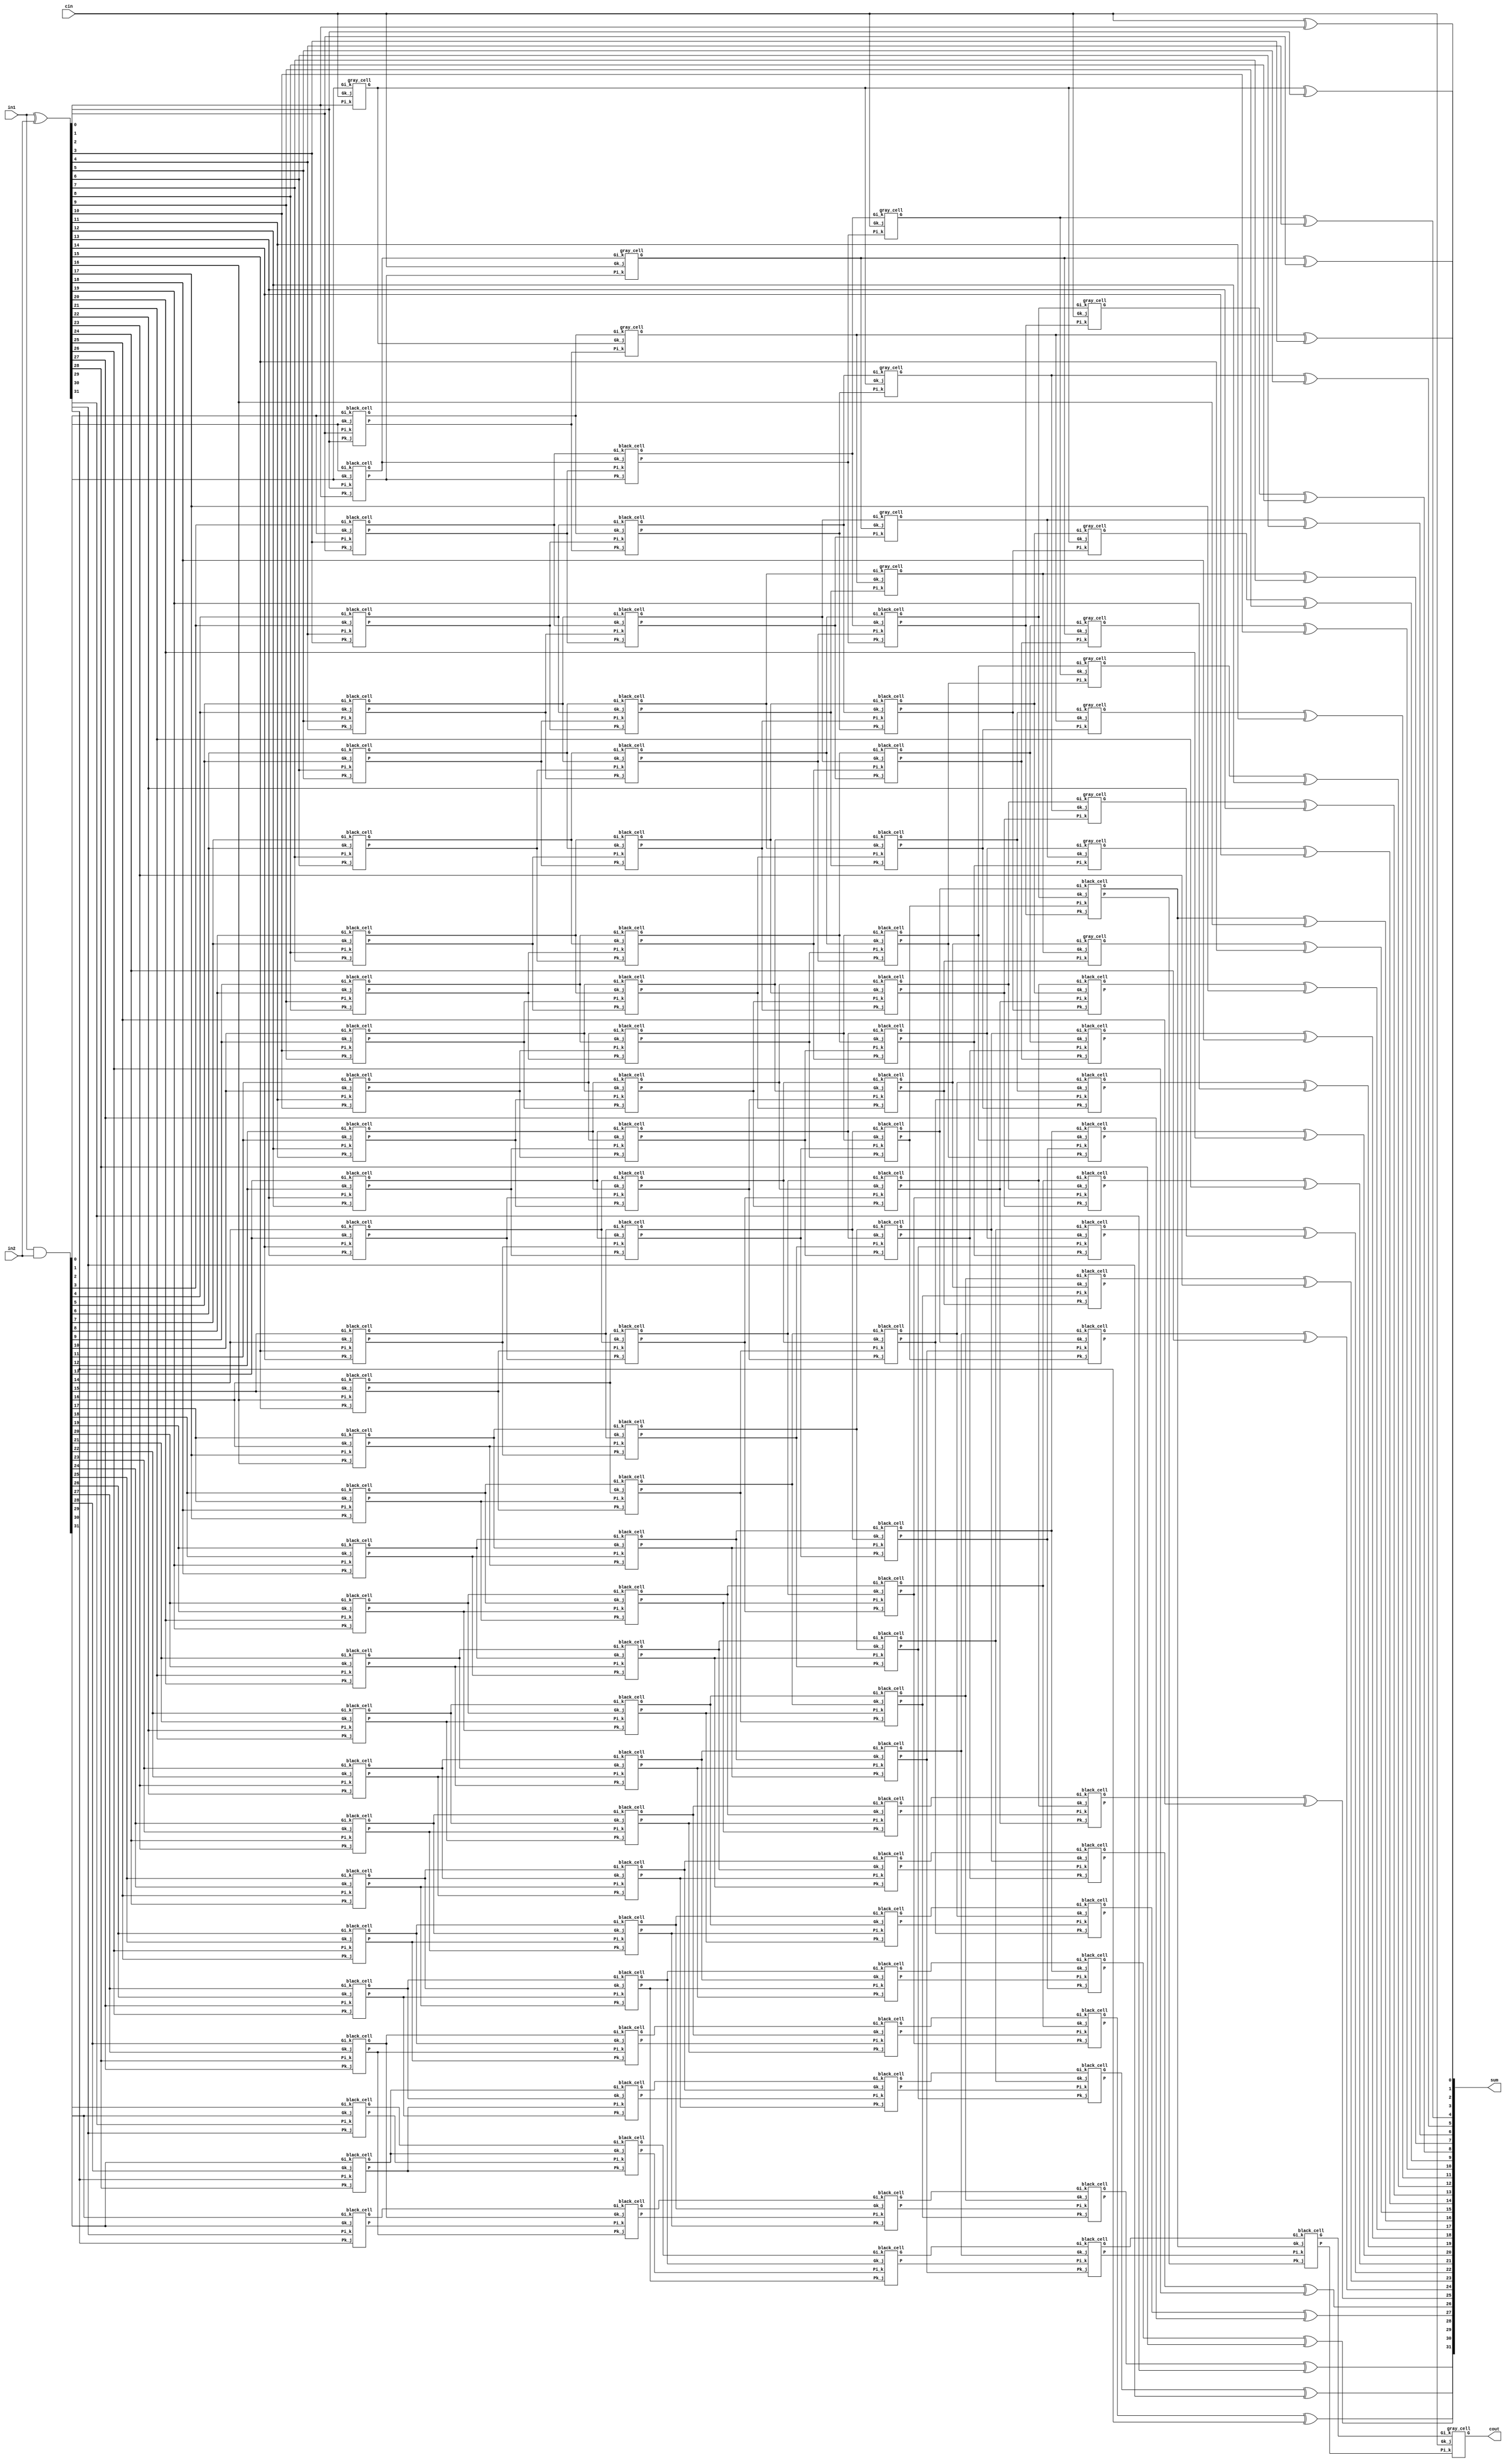
module kogge_stone_32(in1, in2, sum, cin, cout);

    /* This is a 32 bit kogge-stone parallel prefix adder
     * Area: 1504.106458 
     * Power: 0.5335mW
     * Timing: 0.56ns
     */
    input [31:0] in1, in2; //input
    output [31:0] sum; //output
    input cin; //carry-in
    output cout; //carry-out
    wire [31:0] G_Z, P_Z, //wires
    G_A, P_A,
    G_B, P_B,
    G_C, P_C,
    G_D, P_D,
    G_E, P_E,
    G_F, P_F;

    assign P_Z = in1 ^ in2;
    assign G_Z = in1 & in2;

    /*level 1*/
    gray_cell level_0A(cin, P_Z[0], G_Z[0], G_A[0]);
    black_cell level_1A(G_Z[0],  P_Z[1],  G_Z[1],  P_Z[0],  G_A[1],  P_A[1]);
    black_cell level_2A(G_Z[1],  P_Z[2],  G_Z[2],  P_Z[1],  G_A[2],  P_A[2]);
    black_cell level_3A(G_Z[2],  P_Z[3],  G_Z[3],  P_Z[2],  G_A[3],  P_A[3]);
    black_cell level_4A(G_Z[3],  P_Z[4],  G_Z[4],  P_Z[3],  G_A[4],  P_A[4]);
    black_cell level_5A(G_Z[4],  P_Z[5],  G_Z[5],  P_Z[4],  G_A[5],  P_A[5]);
    black_cell level_6A(G_Z[5],  P_Z[6],  G_Z[6],  P_Z[5],  G_A[6],  P_A[6]);
    black_cell level_7A(G_Z[6],  P_Z[7],  G_Z[7],  P_Z[6],  G_A[7],  P_A[7]);
    black_cell level_8A(G_Z[7],  P_Z[8],  G_Z[8],  P_Z[7],  G_A[8],  P_A[8]);
    black_cell level_9A(G_Z[8],  P_Z[9],  G_Z[9],  P_Z[8],  G_A[9],  P_A[9]);
    black_cell level_AA(G_Z[9],  P_Z[10], G_Z[10], P_Z[9],  G_A[10], P_A[10]);
    black_cell level_BA(G_Z[10], P_Z[11], G_Z[11], P_Z[10], G_A[11], P_A[11]);
    black_cell level_CA(G_Z[11], P_Z[12], G_Z[12], P_Z[11], G_A[12], P_A[12]);
    black_cell level_DA(G_Z[12], P_Z[13], G_Z[13], P_Z[12], G_A[13], P_A[13]);
    black_cell level_EA(G_Z[13], P_Z[14], G_Z[14], P_Z[13], G_A[14], P_A[14]);
    black_cell level_FA(G_Z[14], P_Z[15], G_Z[15], P_Z[14], G_A[15], P_A[15]);
    black_cell level_GA(G_Z[15], P_Z[16], G_Z[16], P_Z[15], G_A[16], P_A[16]);
    black_cell level_HA(G_Z[16], P_Z[17], G_Z[17], P_Z[16], G_A[17], P_A[17]);
    black_cell level_IA(G_Z[17], P_Z[18], G_Z[18], P_Z[17], G_A[18], P_A[18]);
    black_cell level_JA(G_Z[18], P_Z[19], G_Z[19], P_Z[18], G_A[19], P_A[19]);
    black_cell level_KA(G_Z[19], P_Z[20], G_Z[20], P_Z[19], G_A[20], P_A[20]);
    black_cell level_LA(G_Z[20], P_Z[21], G_Z[21], P_Z[20], G_A[21], P_A[21]);
    black_cell level_MA(G_Z[21], P_Z[22], G_Z[22], P_Z[21], G_A[22], P_A[22]);
    black_cell level_NA(G_Z[22], P_Z[23], G_Z[23], P_Z[22], G_A[23], P_A[23]);
    black_cell level_OA(G_Z[23], P_Z[24], G_Z[24], P_Z[23], G_A[24], P_A[24]);
    black_cell level_PA(G_Z[24], P_Z[25], G_Z[25], P_Z[24], G_A[25], P_A[25]);
    black_cell level_QA(G_Z[25], P_Z[26], G_Z[26], P_Z[25], G_A[26], P_A[26]);
    black_cell level_RA(G_Z[26], P_Z[27], G_Z[27], P_Z[26], G_A[27], P_A[27]);
    black_cell level_SA(G_Z[27], P_Z[28], G_Z[28], P_Z[27], G_A[28], P_A[28]);
    black_cell level_TA(G_Z[28], P_Z[29], G_Z[29], P_Z[28], G_A[29], P_A[29]);
    black_cell level_UA(G_Z[29], P_Z[30], G_Z[30], P_Z[29], G_A[30], P_A[30]);
    black_cell level_VA(G_Z[30], P_Z[31], G_Z[31], P_Z[30], G_A[31], P_A[31]);

    /*level 2*/
    gray_cell level_1B(cin,      P_A[1],  G_A[1],  G_B[1]);
    gray_cell level_2B(G_A[0],   P_A[2],  G_A[2],  G_B[2]);
    black_cell level_3B(G_A[1],  P_A[3],  G_A[3],  P_A[1],  G_B[3],  P_B[3]);
    black_cell level_4B(G_A[2],  P_A[4],  G_A[4],  P_A[2],  G_B[4],  P_B[4]);
    black_cell level_5B(G_A[3],  P_A[5],  G_A[5],  P_A[3],  G_B[5],  P_B[5]);
    black_cell level_6B(G_A[4],  P_A[6],  G_A[6],  P_A[4],  G_B[6],  P_B[6]);
    black_cell level_7B(G_A[5],  P_A[7],  G_A[7],  P_A[5],  G_B[7],  P_B[7]);
    black_cell level_8B(G_A[6],  P_A[8],  G_A[8],  P_A[6],  G_B[8],  P_B[8]);
    black_cell level_9B(G_A[7],  P_A[9],  G_A[9],  P_A[7],  G_B[9],  P_B[9]);
    black_cell level_AB(G_A[8],  P_A[10], G_A[10], P_A[8],  G_B[10], P_B[10]);
    black_cell level_BB(G_A[9],  P_A[11], G_A[11], P_A[9],  G_B[11], P_B[11]);
    black_cell level_CB(G_A[10], P_A[12], G_A[12], P_A[10], G_B[12], P_B[12]);
    black_cell level_DB(G_A[11], P_A[13], G_A[13], P_A[11], G_B[13], P_B[13]);
    black_cell level_EB(G_A[12], P_A[14], G_A[14], P_A[12], G_B[14], P_B[14]);
    black_cell level_FB(G_A[13], P_A[15], G_A[15], P_A[13], G_B[15], P_B[15]);
    black_cell level_GB(G_A[14], P_A[16], G_A[16], P_A[14], G_B[16], P_B[16]);
    black_cell level_HB(G_A[15], P_A[17], G_A[17], P_A[15], G_B[17], P_B[17]);
    black_cell level_IB(G_A[16], P_A[18], G_A[18], P_A[16], G_B[18], P_B[18]);
    black_cell level_JB(G_A[17], P_A[19], G_A[19], P_A[17], G_B[19], P_B[19]);
    black_cell level_KB(G_A[18], P_A[20], G_A[20], P_A[18], G_B[20], P_B[20]);
    black_cell level_LB(G_A[19], P_A[21], G_A[21], P_A[19], G_B[21], P_B[21]);
    black_cell level_MB(G_A[20], P_A[22], G_A[22], P_A[20], G_B[22], P_B[22]);
    black_cell level_NB(G_A[21], P_A[23], G_A[23], P_A[21], G_B[23], P_B[23]);
    black_cell level_OB(G_A[22], P_A[24], G_A[24], P_A[22], G_B[24], P_B[24]);
    black_cell level_PB(G_A[23], P_A[25], G_A[25], P_A[23], G_B[25], P_B[25]);
    black_cell level_QB(G_A[24], P_A[26], G_A[26], P_A[24], G_B[26], P_B[26]);
    black_cell level_RB(G_A[25], P_A[27], G_A[27], P_A[25], G_B[27], P_B[27]);
    black_cell level_SB(G_A[26], P_A[28], G_A[28], P_A[26], G_B[28], P_B[28]);
    black_cell level_TB(G_A[27], P_A[29], G_A[29], P_A[27], G_B[29], P_B[29]);
    black_cell level_UB(G_A[28], P_A[30], G_A[30], P_A[28], G_B[30], P_B[30]);
    black_cell level_VB(G_A[29], P_A[31], G_A[31], P_A[29], G_B[31], P_B[31]);

    /*level 3*/
    gray_cell level_3C(cin,      P_B[3],  G_B[3],  G_C[3]);
    gray_cell level_4C(G_A[0],   P_B[4],  G_B[4],  G_C[4]);
    gray_cell level_5C(G_B[1],   P_B[5],  G_B[5],  G_C[5]);
    gray_cell level_6C(G_B[2],   P_B[6],  G_B[6],  G_C[6]);
    black_cell level_7C(G_B[3],  P_B[7],  G_B[7],  P_B[3],  G_C[7],  P_C[7]);
    black_cell level_8C(G_B[4],  P_B[8],  G_B[8],  P_B[4],  G_C[8],  P_C[8]);
    black_cell level_9C(G_B[5],  P_B[9],  G_B[9],  P_B[5],  G_C[9],  P_C[9]);
    black_cell level_AC(G_B[6],  P_B[10], G_B[10], P_B[6],  G_C[10], P_C[10]);
    black_cell level_BC(G_B[7],  P_B[11], G_B[11], P_B[7],  G_C[11], P_C[11]);
    black_cell level_CC(G_B[8],  P_B[12], G_B[12], P_B[8],  G_C[12], P_C[12]);
    black_cell level_DC(G_B[9],  P_B[13], G_B[13], P_B[9],  G_C[13], P_C[13]);
    black_cell level_EC(G_B[10], P_B[14], G_B[14], P_B[10], G_C[14], P_C[14]);
    black_cell level_FC(G_B[11], P_B[15], G_B[15], P_B[11], G_C[15], P_C[15]);
    black_cell level_GC(G_B[12], P_B[16], G_B[16], P_B[12], G_C[16], P_C[16]);
    black_cell level_HC(G_B[13], P_B[17], G_B[17], P_B[13], G_C[17], P_C[17]);
    black_cell level_IC(G_B[14], P_B[18], G_B[18], P_B[14], G_C[18], P_C[18]);
    black_cell level_JC(G_B[15], P_B[19], G_B[19], P_B[15], G_C[19], P_C[19]);
    black_cell level_KC(G_B[16], P_B[20], G_B[20], P_B[16], G_C[20], P_C[20]);
    black_cell level_LC(G_B[17], P_B[21], G_B[21], P_B[17], G_C[21], P_C[21]);
    black_cell level_MC(G_B[18], P_B[22], G_B[22], P_B[18], G_C[22], P_C[22]);
    black_cell level_NC(G_B[19], P_B[23], G_B[23], P_B[19], G_C[23], P_C[23]);
    black_cell level_OC(G_B[20], P_B[24], G_B[24], P_B[20], G_C[24], P_C[24]);
    black_cell level_PC(G_B[21], P_B[25], G_B[25], P_B[21], G_C[25], P_C[25]);
    black_cell level_QC(G_B[22], P_B[26], G_B[26], P_B[22], G_C[26], P_C[26]);
    black_cell level_RC(G_B[23], P_B[27], G_B[27], P_B[23], G_C[27], P_C[27]);
    black_cell level_SC(G_B[24], P_B[28], G_B[28], P_B[24], G_C[28], P_C[28]);
    black_cell level_TC(G_B[25], P_B[29], G_B[29], P_B[25], G_C[29], P_C[29]);
    black_cell level_UC(G_B[26], P_B[30], G_B[30], P_B[26], G_C[30], P_C[30]);
    black_cell level_VC(G_B[27], P_B[31], G_B[31], P_B[27], G_C[31], P_C[31]);

    /*level 4*/
    gray_cell level_7D(cin,       P_C[7],   G_C[7],            G_D[7]);
    gray_cell level_8D(G_A[0],    P_C[8],   G_C[8],            G_D[8]);
    gray_cell level_9D(G_B[1],    P_C[9],   G_C[9],            G_D[9]);
    gray_cell level_AD(G_B[2],    P_C[10],  G_C[10],           G_D[10]);
    gray_cell level_BD(G_C[3],    P_C[11],  G_C[11],           G_D[11]);
    gray_cell level_CD(G_C[4],    P_C[12],  G_C[12],           G_D[12]);
    gray_cell level_DD(G_C[5],    P_C[13],  G_C[13],           G_D[13]);
    gray_cell level_ED(G_C[6],    P_C[14],  G_C[14],           G_D[14]);
    black_cell level_FD(G_C[7],   P_C[15],  G_C[15],  P_C[7],  G_D[15], P_D[15]);
    black_cell level_GD(G_C[8],   P_C[16],  G_C[16],  P_C[8],  G_D[16], P_D[16]);
    black_cell level_HD(G_C[9],   P_C[17],  G_C[17],  P_C[9],  G_D[17], P_D[17]);
    black_cell level_ID(G_C[10],  P_C[18],  G_C[18],  P_C[10], G_D[18], P_D[18]);
    black_cell level_JD(G_C[11],  P_C[19],  G_C[19],  P_C[11], G_D[19], P_D[19]);
    black_cell level_KD(G_C[12],  P_C[20],  G_C[20],  P_C[12], G_D[20], P_D[20]);
    black_cell level_LD(G_C[13],  P_C[21],  G_C[21],  P_C[13], G_D[21], P_D[21]);
    black_cell level_MD(G_C[14],  P_C[22],  G_C[22],  P_C[14], G_D[22], P_D[22]);
    black_cell level_ND(G_C[15],  P_C[23],  G_C[23],  P_C[15], G_D[23], P_D[23]);
    black_cell level_OD(G_C[16],  P_C[24],  G_C[24],  P_C[16], G_D[24], P_D[24]);
    black_cell level_PD(G_C[17],  P_C[25],  G_C[25],  P_C[17], G_D[25], P_D[25]);
    black_cell level_QD(G_C[18],  P_C[26],  G_C[26],  P_C[18], G_D[26], P_D[26]);
    black_cell level_RD(G_C[19],  P_C[27],  G_C[27],  P_C[19], G_D[27], P_D[27]);
    black_cell level_SD(G_C[20],  P_C[28],  G_C[28],  P_C[20], G_D[28], P_D[28]);
    black_cell level_TD(G_C[21],  P_C[29],  G_C[29],  P_C[21], G_D[29], P_D[29]);
    black_cell level_UD(G_C[22],  P_C[30],  G_C[30],  P_C[22], G_D[30], P_D[30]);
    black_cell level_VD(G_C[23],  P_C[31],  G_C[31],  P_C[23], G_D[31], P_D[31]);

    /*level 5*/
    gray_cell level_FE(cin,       P_D[15],  G_D[15],           G_E[15]);
    gray_cell level_GE(G_A[0],    P_D[16],  G_D[16],           G_E[16]);
    gray_cell level_HE(G_B[1],    P_D[17],  G_D[17],           G_E[17]);
    gray_cell level_IE(G_B[2],    P_D[18],  G_D[18],           G_E[18]);
    gray_cell level_JE(G_C[3],    P_D[19],  G_D[19],           G_E[19]);
    gray_cell level_KE(G_C[4],    P_D[20],  G_D[20],           G_E[20]);
    gray_cell level_LE(G_C[5],    P_D[21],  G_D[21],           G_E[21]);
    gray_cell level_ME(G_C[6],    P_D[22],  G_D[22],           G_E[22]);
    gray_cell level_NE(G_D[7],    P_D[23],  G_D[23],           G_E[23]);
    gray_cell level_OE(G_D[8],    P_D[24],  G_D[24],           G_E[24]);
    gray_cell level_PE(G_D[9],    P_D[25],  G_D[25],           G_E[25]);
    gray_cell level_QE(G_D[10],   P_D[26],  G_D[26],           G_E[26]);
    gray_cell level_RE(G_D[11],   P_D[27],  G_D[27],           G_E[27]);
    gray_cell level_SE(G_D[12],   P_D[28],  G_D[28],           G_E[28]);
    gray_cell level_TE(G_D[13],   P_D[29],  G_D[29],           G_E[29]);
    gray_cell level_UE(G_D[14],   P_D[30],  G_D[30],           G_E[30]);
    black_cell level_VE(G_D[15],  P_D[31],  G_D[31],  P_D[15],  G_E[31], P_E[31]);
    
    /*level 6*/
    gray_cell level_VF(cin, P_E[31], G_E[31], cout);

    /*outputs*/
    assign sum[0]  = cin     ^ P_Z[0];
    assign sum[1]  = G_A[0]  ^ P_Z[1];
    assign sum[2]  = G_B[1]  ^ P_Z[2];
    assign sum[3]  = G_B[2]  ^ P_Z[3];
    assign sum[4]  = G_C[3]  ^ P_Z[4];
    assign sum[5]  = G_C[4]  ^ P_Z[5];
    assign sum[6]  = G_C[5]  ^ P_Z[6];
    assign sum[7]  = G_C[6]  ^ P_Z[7];
    assign sum[8]  = G_D[7]  ^ P_Z[8];
    assign sum[9]  = G_D[8]  ^ P_Z[9];
    assign sum[10] = G_D[9]  ^ P_Z[10];
    assign sum[11] = G_D[10] ^ P_Z[11];
    assign sum[12] = G_D[11] ^ P_Z[12];
    assign sum[13] = G_D[12] ^ P_Z[13];
    assign sum[14] = G_D[13] ^ P_Z[14];
    assign sum[15] = G_D[14] ^ P_Z[15];
    assign sum[16] = G_D[15] ^ P_Z[16];
    assign sum[17] = G_D[16] ^ P_Z[17];
    assign sum[18] = G_D[17] ^ P_Z[18];
    assign sum[19] = G_D[18] ^ P_Z[19];
    assign sum[20] = G_D[19] ^ P_Z[20];
    assign sum[21] = G_D[20] ^ P_Z[21];
    assign sum[22] = G_D[21] ^ P_Z[22];
    assign sum[23] = G_D[22] ^ P_Z[23];
    assign sum[24] = G_D[23] ^ P_Z[24];
    assign sum[25] = G_D[24] ^ P_Z[25];
    assign sum[26] = G_D[25] ^ P_Z[26];
    assign sum[27] = G_D[26] ^ P_Z[27];
    assign sum[28] = G_D[27] ^ P_Z[28];
    assign sum[29] = G_D[28] ^ P_Z[29];
    assign sum[30] = G_D[29] ^ P_Z[30];
    assign sum[31] = G_D[30] ^ P_Z[31];
endmodule

module gray_cell(Gk_j, Pi_k, Gi_k, G);
    input Gk_j, Pi_k, Gi_k;
    output G;
    wire Y;
    and(Y, Gk_j, Pi_k);
    or(G, Y, Gi_k);
endmodule

module black_cell(Gk_j, Pi_k, Gi_k, Pk_j, G, P);
    input Gk_j, Pi_k, Gi_k, Pk_j;
    output G, P;
    wire Y;
    and(Y, Gk_j, Pi_k);
    or(G, Gi_k, Y);
    and(P, Pk_j, Pi_k);
endmodule